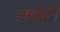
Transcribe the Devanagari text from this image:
लसेटी